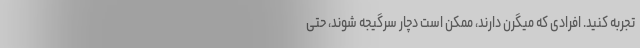
تجربه کنید. افرادی که میگرن دارند، ممکن است دچار سرگیجه شوند، حتی